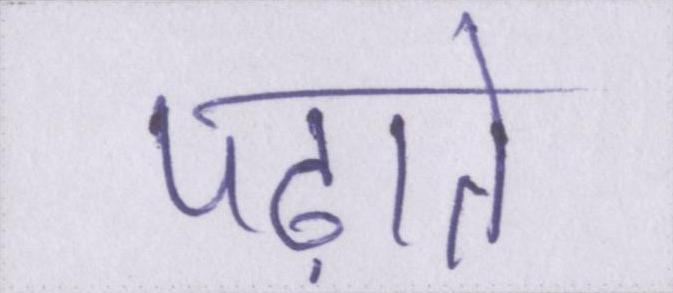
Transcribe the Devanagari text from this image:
पढ़ाते